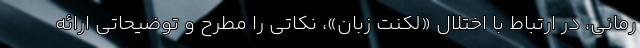
رمانی، در ارتباط با اختلال «لکنت زبان»، نکاتی را مطرح و توضیحاتی ارائه